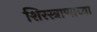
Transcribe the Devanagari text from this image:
शिरस्त्राणाच्या